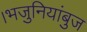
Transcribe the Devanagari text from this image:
।भजुनियांबुज